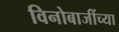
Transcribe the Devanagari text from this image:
विनोबाजींच्या